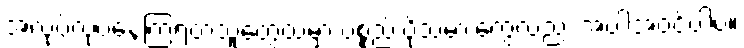
အလုပ်လုပ်နေကြရတဲ့သူတွေထဲမှာ ပစ္စည်းပို့သမားတွေလည်း အပါအဝင်ပါပဲ။